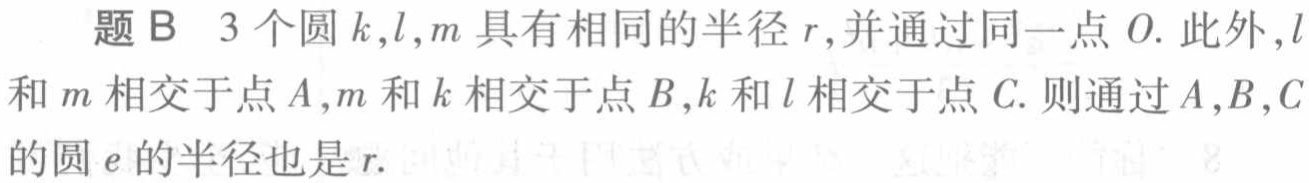
题B 3个圆\(k,l,m\)具有相同的半径\(r\),并通过同一点\(O\). 此外,\(l\)和\(m\)相交于点\(A\),\(m\)和\(k\)相交于点\(B\),\(k\)和\(l\)相交于点\(C\). 则通过\(A,B,C\)的圆\(e\)的半径也是\(r\).